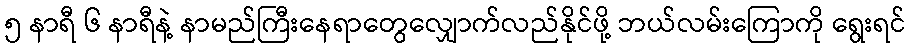
၅ နာရီ ၆ နာရီနဲ့ နာမည်ကြီးနေရာတွေလျှောက်လည်နိုင်ဖို့ ဘယ်လမ်းကြောကို ရွေးရင်